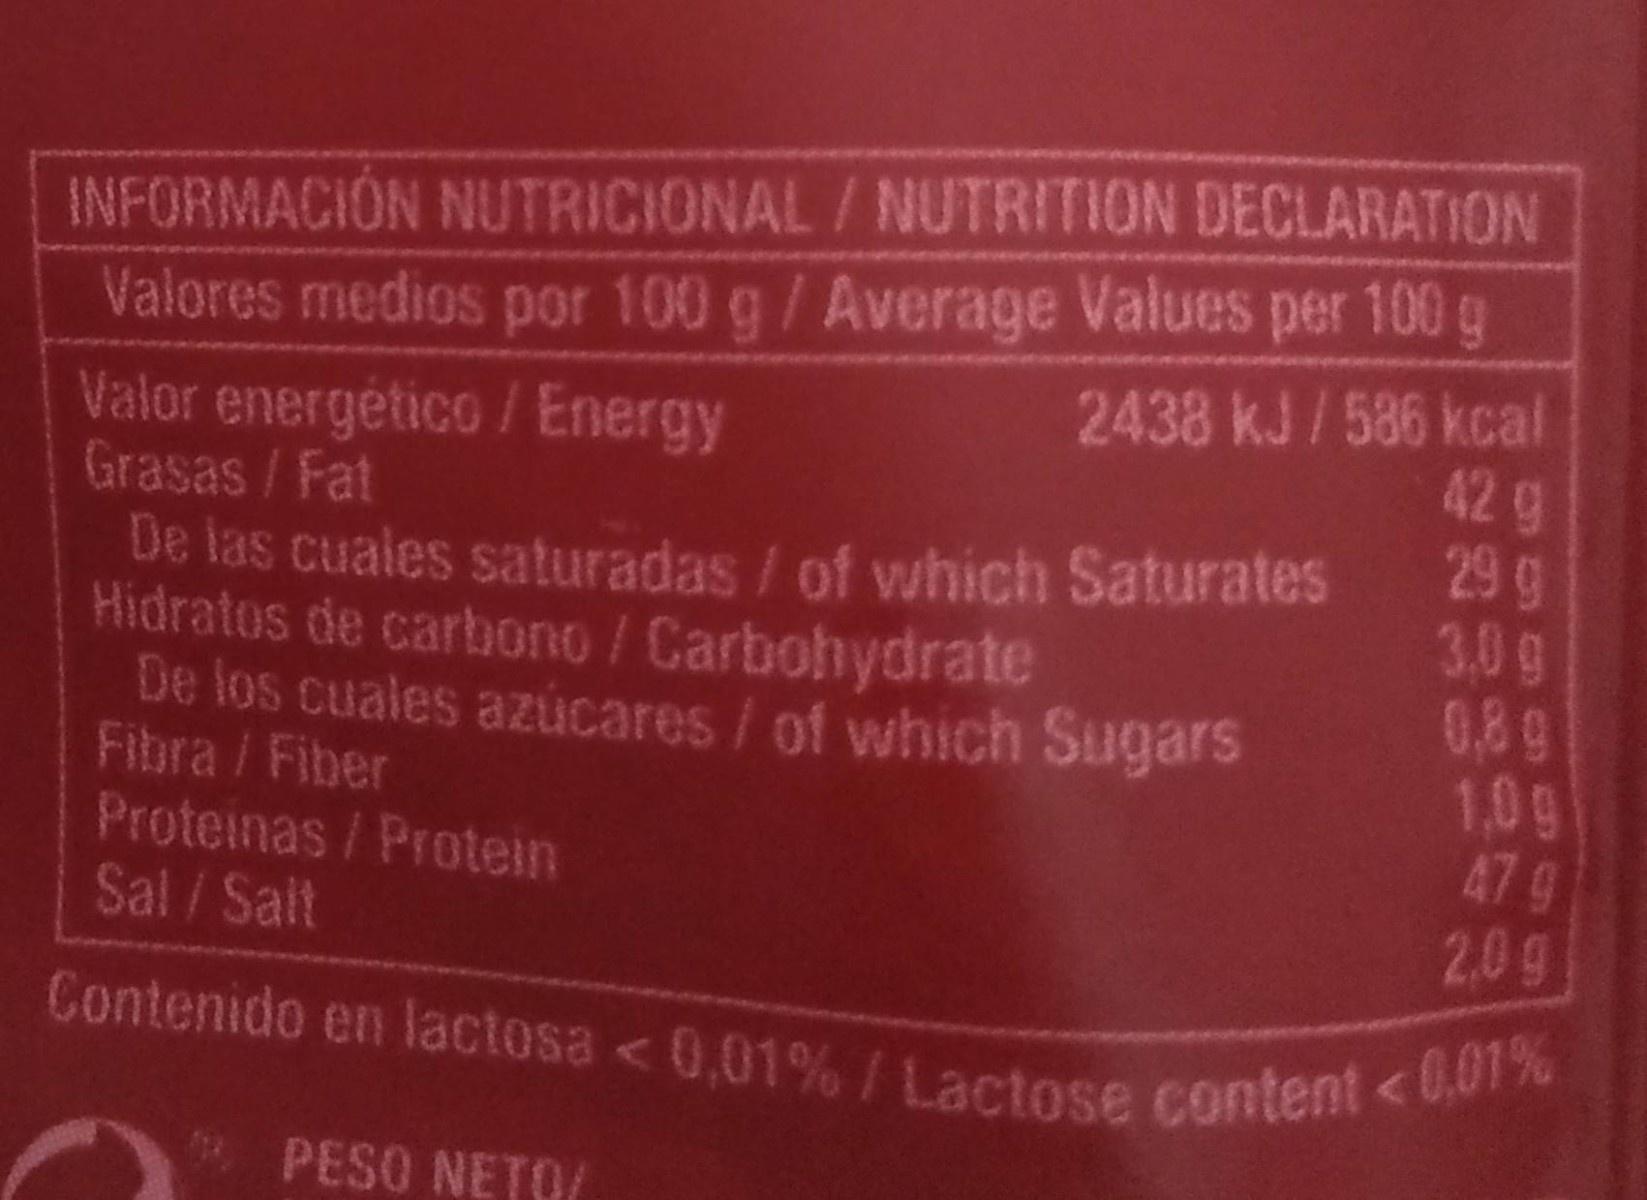
INFORMACIÓN NUTRICIONAL/NUTRITION DECLARATION Valores medios por 100 g/Average Values per 100 g 2438 kJ/586 kcal 42 g 29 g 3.0g 0.89 1,0g 47g 2,0g
Valor energético / Energy Grasas/Fat
De las cuales saturadas / of which Saturates Hidratos de carbono / Carbohydrate De los cuales azúcares / of which Sugars Fibra / Fiber Proteinas/Protein Sal/Salt
Contenido en lactosa <0,01% / Lactose content < 0.01%
PESO NETO/